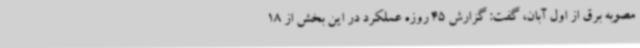
مصوبه برق از اول آبان، گفت: گزارش 45 روزه عملکرد در این بخش از 18